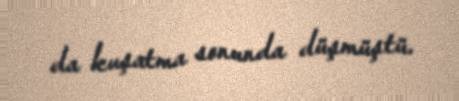
da kuşatma sonunda düşmüştü.